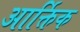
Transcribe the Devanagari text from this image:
आर्क्तिक